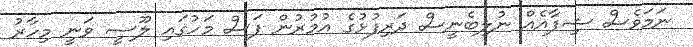
ނަމަވެސް ޝިފާއެއް ނުލިބެނީސް ދަރިފުޅުގެ އުމުރުން ފަސް މަހުގައި ލޫސީ ވަނީ މިހާރު